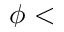
\phi <